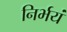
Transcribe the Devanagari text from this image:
निर्भयं